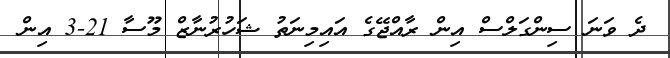
ދެ ވަނަ ސިންގަލްސް އިން ރާއްޖޭގެ އައިމިނަތު ޝަހުރުނާޒް މޫސާ 21-3 އިން